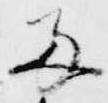
両